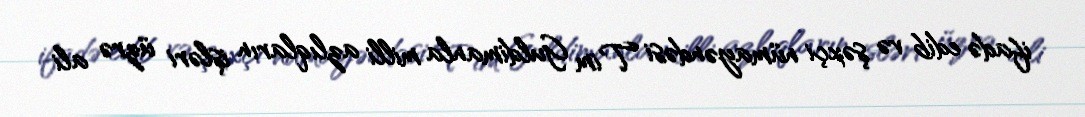
ifadə edib və şəxçi nümayəndəsi Tim Guldimanla milli azlıqların işləri üzrə ali